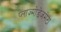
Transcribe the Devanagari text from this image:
प्लाज्मोडेजमेटा